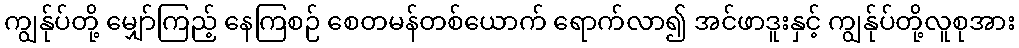
ကျွန်ုပ်တို့ မျှော်ကြည့် နေကြစဉ် စေတမန်တစ်ယောက် ရောက်လာ၍ အင်ဖာဒူးနှင့် ကျွန်ုပ်တို့လူစုအား